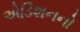
એડિશનનો